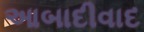
આબાદીવાદ